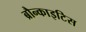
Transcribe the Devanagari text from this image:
ब्रौन्काइटिस